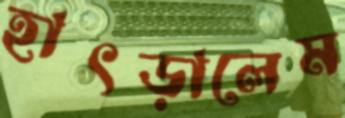
হাৎড়ালেম